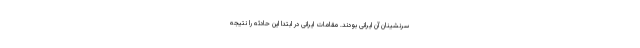
سرنشینان آن ایرانی بودند. مقامات ایرانی در ابتدا این حادثه را نتیجه